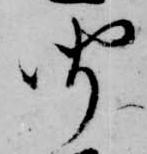
聞